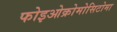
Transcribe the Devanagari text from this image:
फोइओक्रोमोसिटोमा